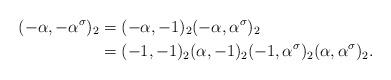
LaTeX: \begin{align*}(-\alpha,-\alpha^\sigma)_2 & = (-\alpha,-1)_2 (-\alpha,\alpha^\sigma)_2 \\& = (-1,-1)_2 (\alpha,-1)_2 (-1,\alpha^\sigma)_2 (\alpha,\alpha^\sigma)_2.\end{align*}